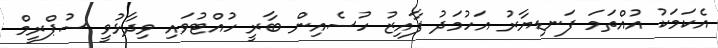
އެކަމަކު އުއްތަމަ ފަނޑިޔާރު އަހުމަދު ފާއިޒު ހުސެއިން ބާރީ ހުއްޓުވައި ވިދާޅުވީ ސުޕްރީމް